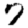
Digit: 7